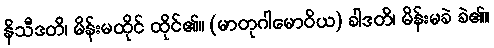
နိသီဒတိ၊ မိန်းမထိုင် ထိုင်၏။ (မာတုဂါမောဝိယ) ခါဒတိ၊ မိန်းမခဲ ခဲ၏။